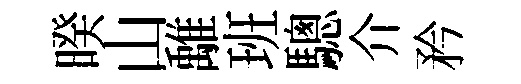
暌山𩀌班驄介矜